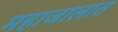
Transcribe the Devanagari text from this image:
महाजालात